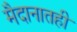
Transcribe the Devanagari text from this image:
मैदानातही